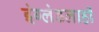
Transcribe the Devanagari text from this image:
इंग्लंडलाही